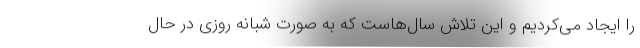
را ایجاد می‌کردیم و این تلاش سال‌هاست که به صورت شبانه روزی در حال